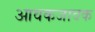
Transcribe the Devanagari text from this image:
आवकजावक